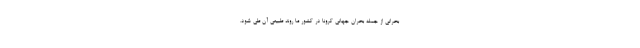
بحراني از جمله بحران جهاني كرونا در كشور ما روند طبيعي آن طی شود.